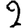
Digit: 2